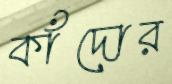
কাঁদোর